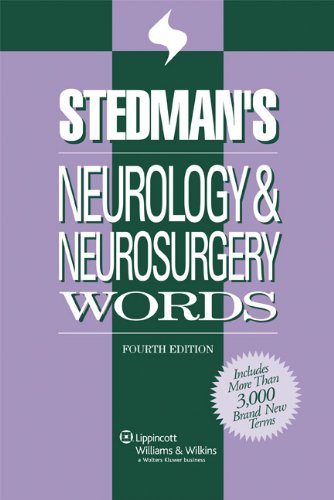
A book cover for Stedman's Neurology & Neurosurgery Words (Stedman's Word Books); Stedman's; Medical Books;